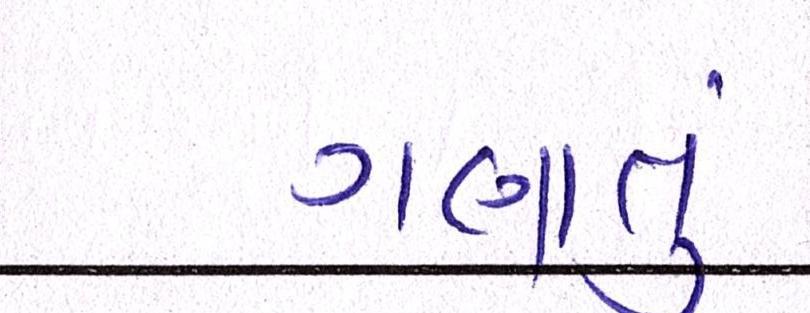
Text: ગણાતું